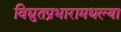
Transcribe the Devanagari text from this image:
विद्युतप्रभारामधल्या